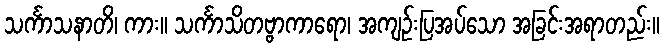
သင်္ကာသနာတိ၊ ကား။ သင်္ကာသိတဗ္ဗာကာရော၊ အကျဉ်းပြအပ်သော အခြင်းအရာတည်း။